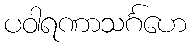
ပဝါရဏာသင်္ဂဟေ